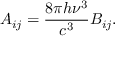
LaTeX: A _ { i j } = { \frac { 8 \pi h \nu ^ { 3 } } { c ^ { 3 } } } B _ { i j } .